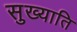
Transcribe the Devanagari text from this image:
सुख्याति